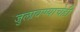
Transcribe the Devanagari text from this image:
जुलावण्याचेही